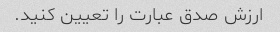
ارزش صدق عبارت را تعیین کنید.